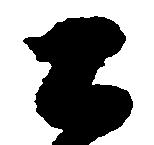
土